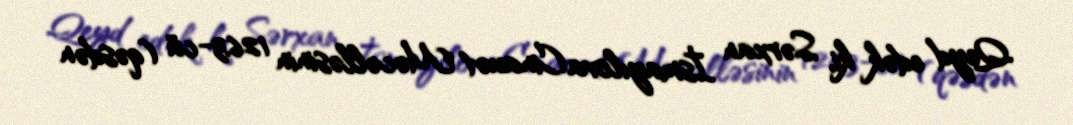
Qeyd edək ki, Sərxan İsmayılova Cinauət Məcəlləsinin 126.3-cü (qəsdən